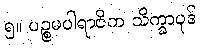
၅။ ပဉ္စမပါရာဇိက သိက္ခာပုဒ်